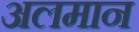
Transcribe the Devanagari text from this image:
अलमान